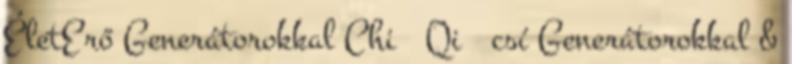
ÉletErő Generátorokkal Chi Qi csí Generátorokkal &